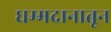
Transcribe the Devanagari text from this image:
धम्मदानातून